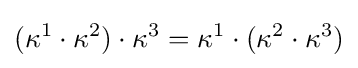
(\kappa ^{1}\cdot \kappa ^{2})\cdot \kappa ^{3}=\kappa ^{1}\cdot (\kappa ^{2}\cdot \kappa ^{3})